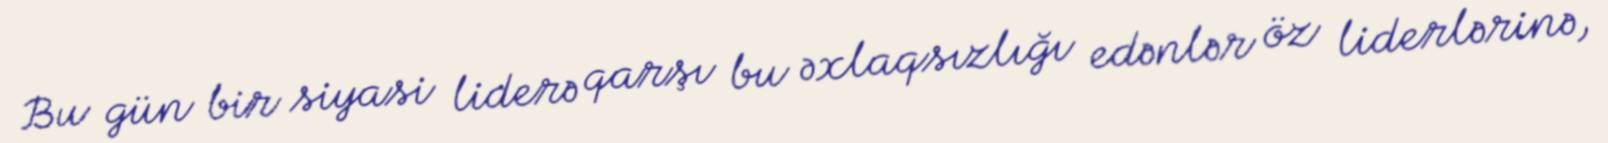
Bu gün bir siyasi liderə qarşı bu əxlaqsızlığı edənlər öz liderlərinə,